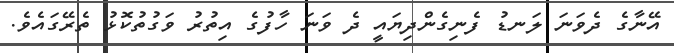
އޭނާގެ ދެވަނަ ލަނޑު ފެނިގެންދިޔައީ ދެ ވަނަ ހާފުގެ އިތުރު ވަގުތުކޮޅު ތެރޭގައެވެ.